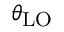
\theta _ { \mathrm { L O } }